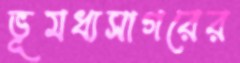
ভূমধ্যসাগরের